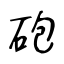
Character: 砲